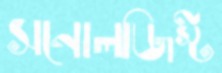
সনোলজিস্ট